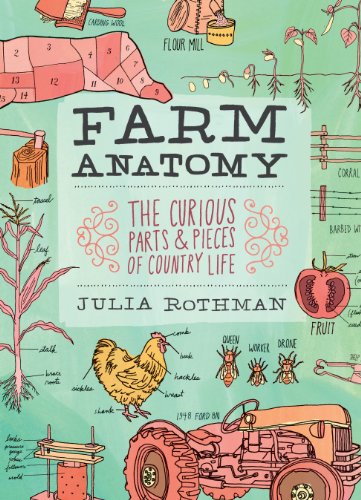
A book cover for Farm Anatomy: The Curious Parts and Pieces of Country Life; Julia Rothman; Arts & Photography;